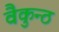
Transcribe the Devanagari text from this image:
वैकुन्ठ